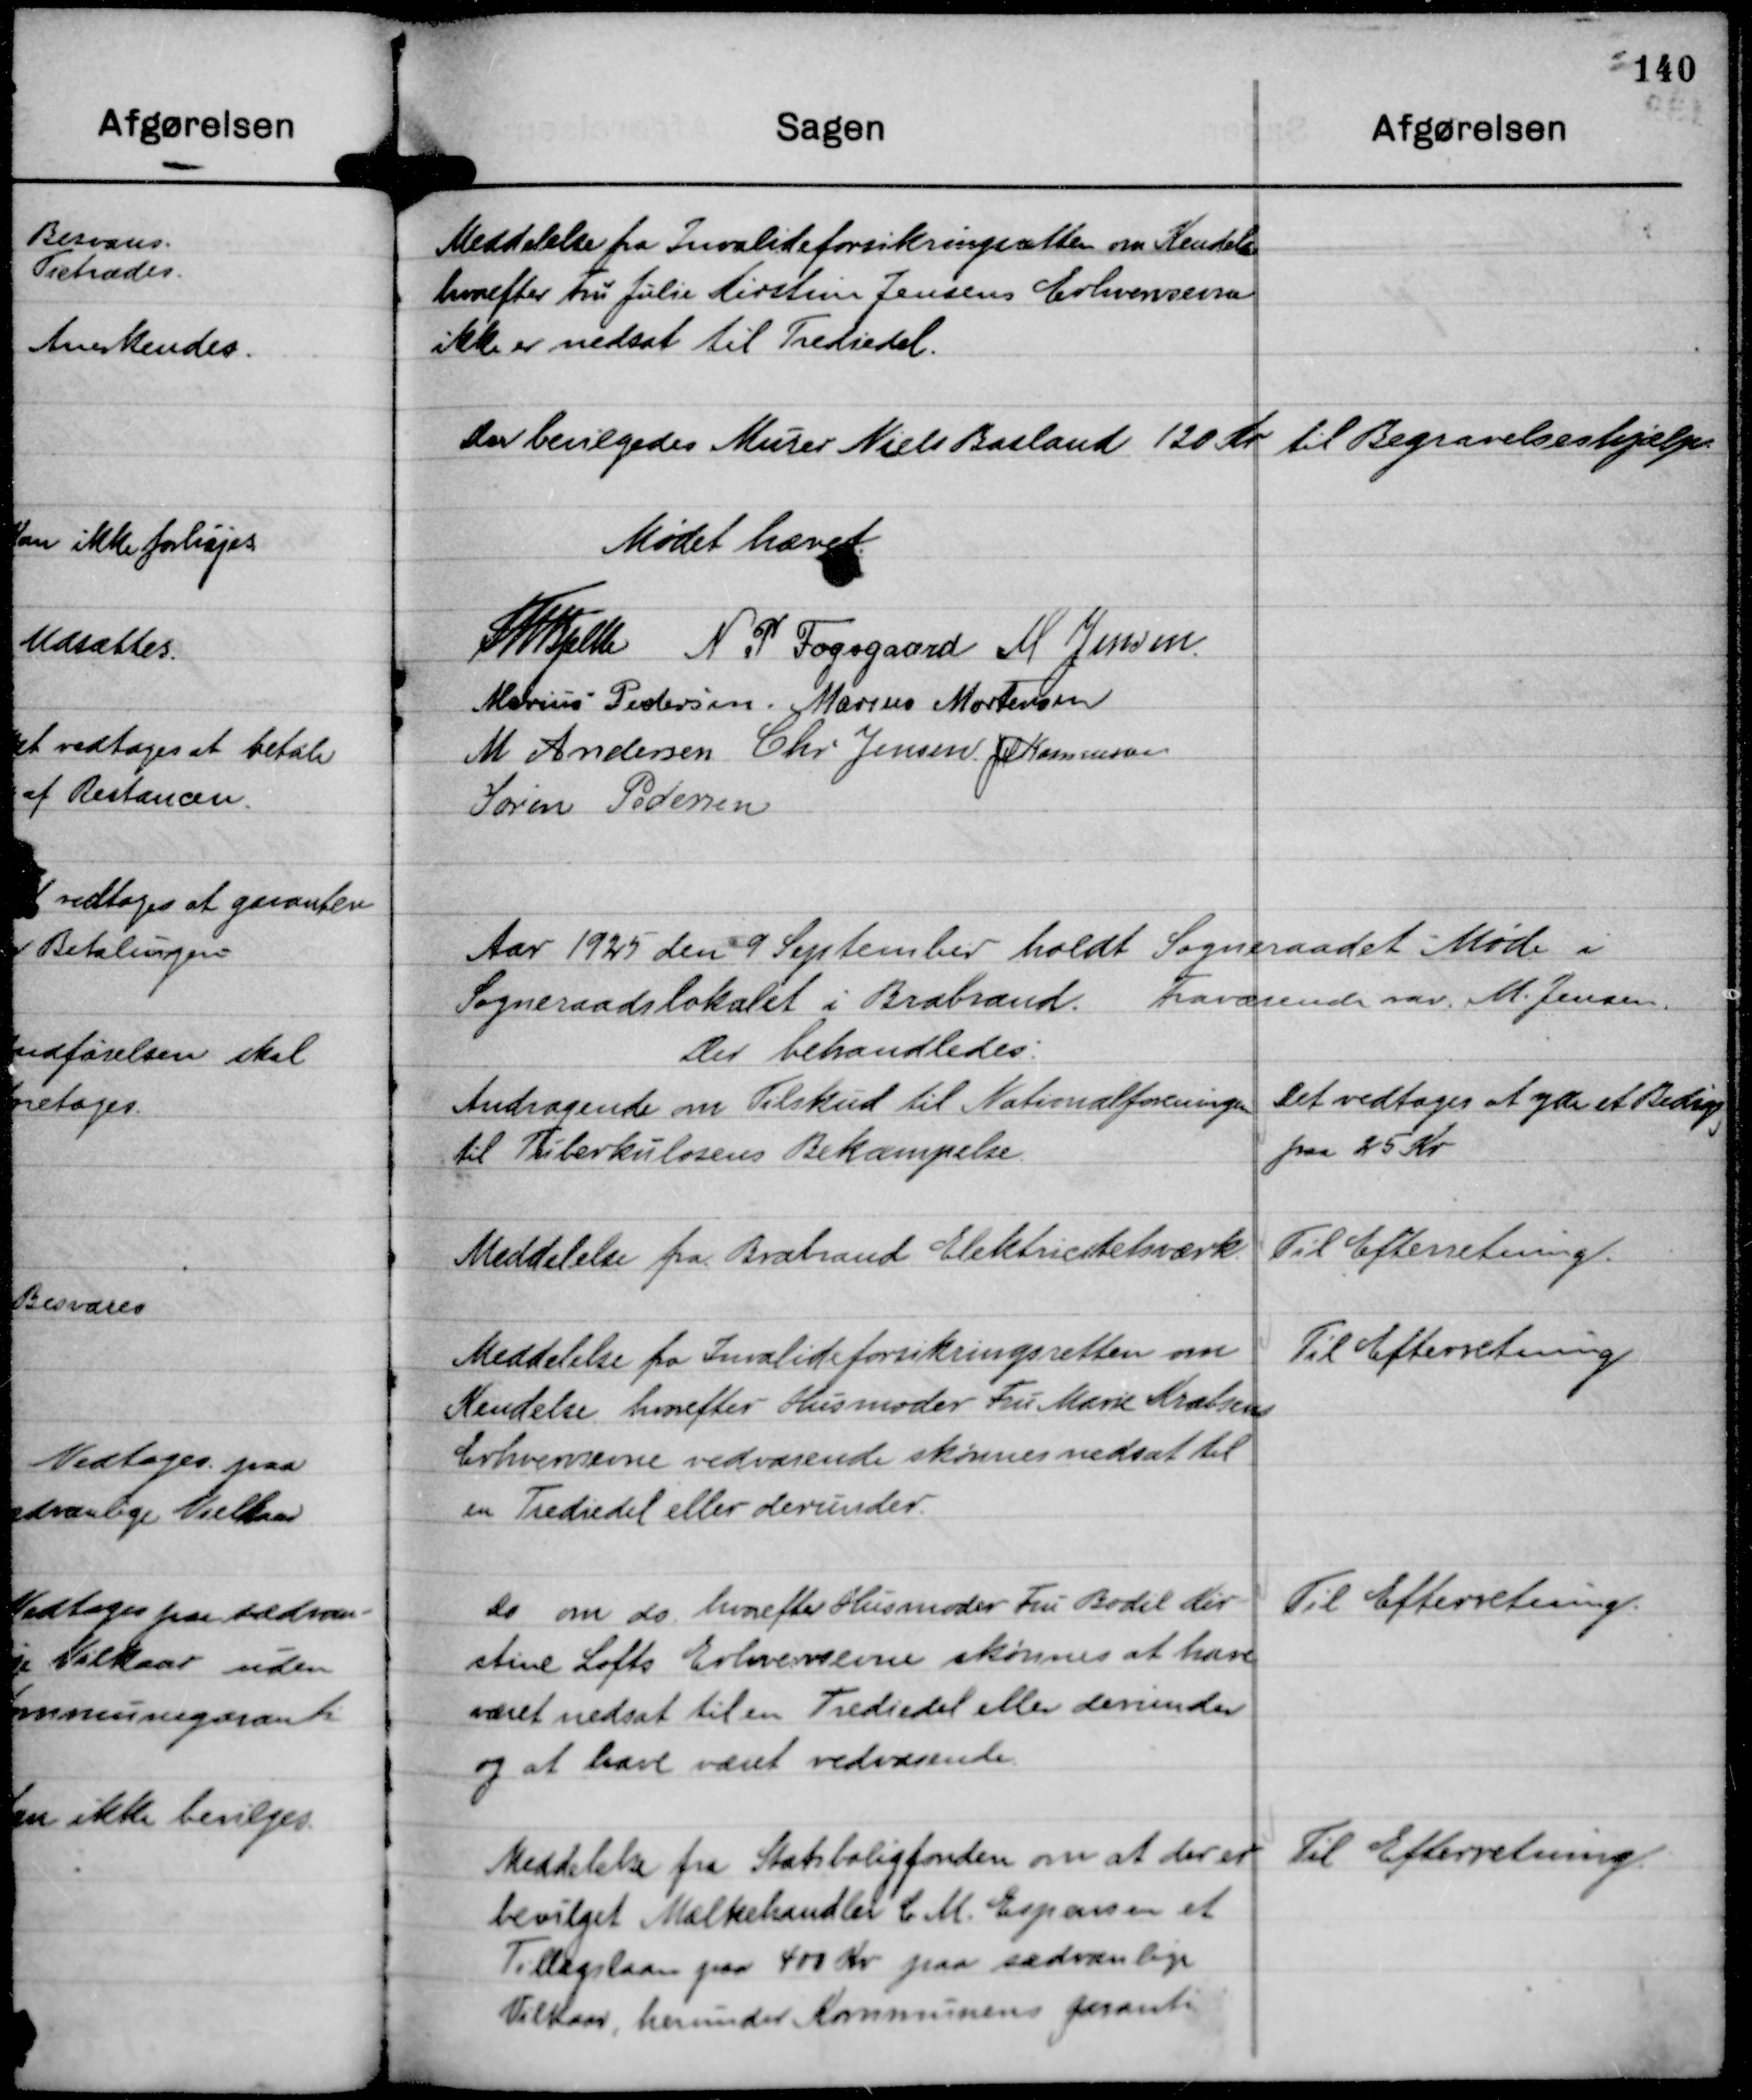
Transskription:
Meddelse fra Invalideforsikringsretten om Kendelse
hvorefter Fru Julie Kirstine Jensens Erhvervsevne
ikke er nedsat til Trediedel.

Der bevilgedes Murer Niels Basland 120 Kr til Begravelseshjælp.

Mødet hævet.
Th Bjelke
N P Fogsgaard
M Jensen
Marius Pedersen.
Marius Mortensen
M Andersen
Chr Jensen
JM Rasmussen
Søren Pedersen

Aar 1925 den 9 September holdt Sogneraadet Møde i
Sogneraadslokalet i Brabrand. Fraværende var. M. Jensen.
Der behandledes:

Andragende om Tilskud til Nationalforeningen
til Tuberkulosens Bekæmpelse.

Det vedtages at yde et Bidrag
paa 25 Kr

Meddelelse fra Brabrand Elektricitetsværk.

Til Efterretning.

Meddelelse fra Invalideforsikringsretten om
Kendelse hvorefter Husmoder Fru Marie Krabsens
Erhvervsevne vedvarende skønnes nedsat til
en Trediedel eller derunder.

Til Efterretning

Do om do. hvorefter Husmoder Fru Bodil Kir- 
stine Lofts Erhvervsevne skønnes at have
været nedsat til en Trediedel eller derunder
og at have været vedvarende.

Til Efterretning.

Meddelelse fra Statsboligfonden om at der er
bevilget Mælkehandler C M. Espensen et
Tillægslaan paa 400 Kr paa sædvanlige
Vilkaar, herunder Kommunens garanti.

Til Efterretning.